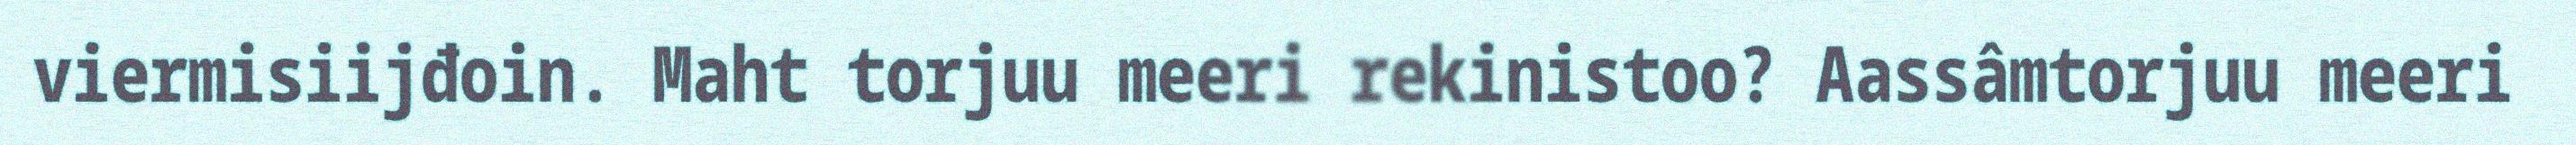
viermisiijđoin. Maht torjuu meeri rekinistoo? Aassâmtorjuu meeri